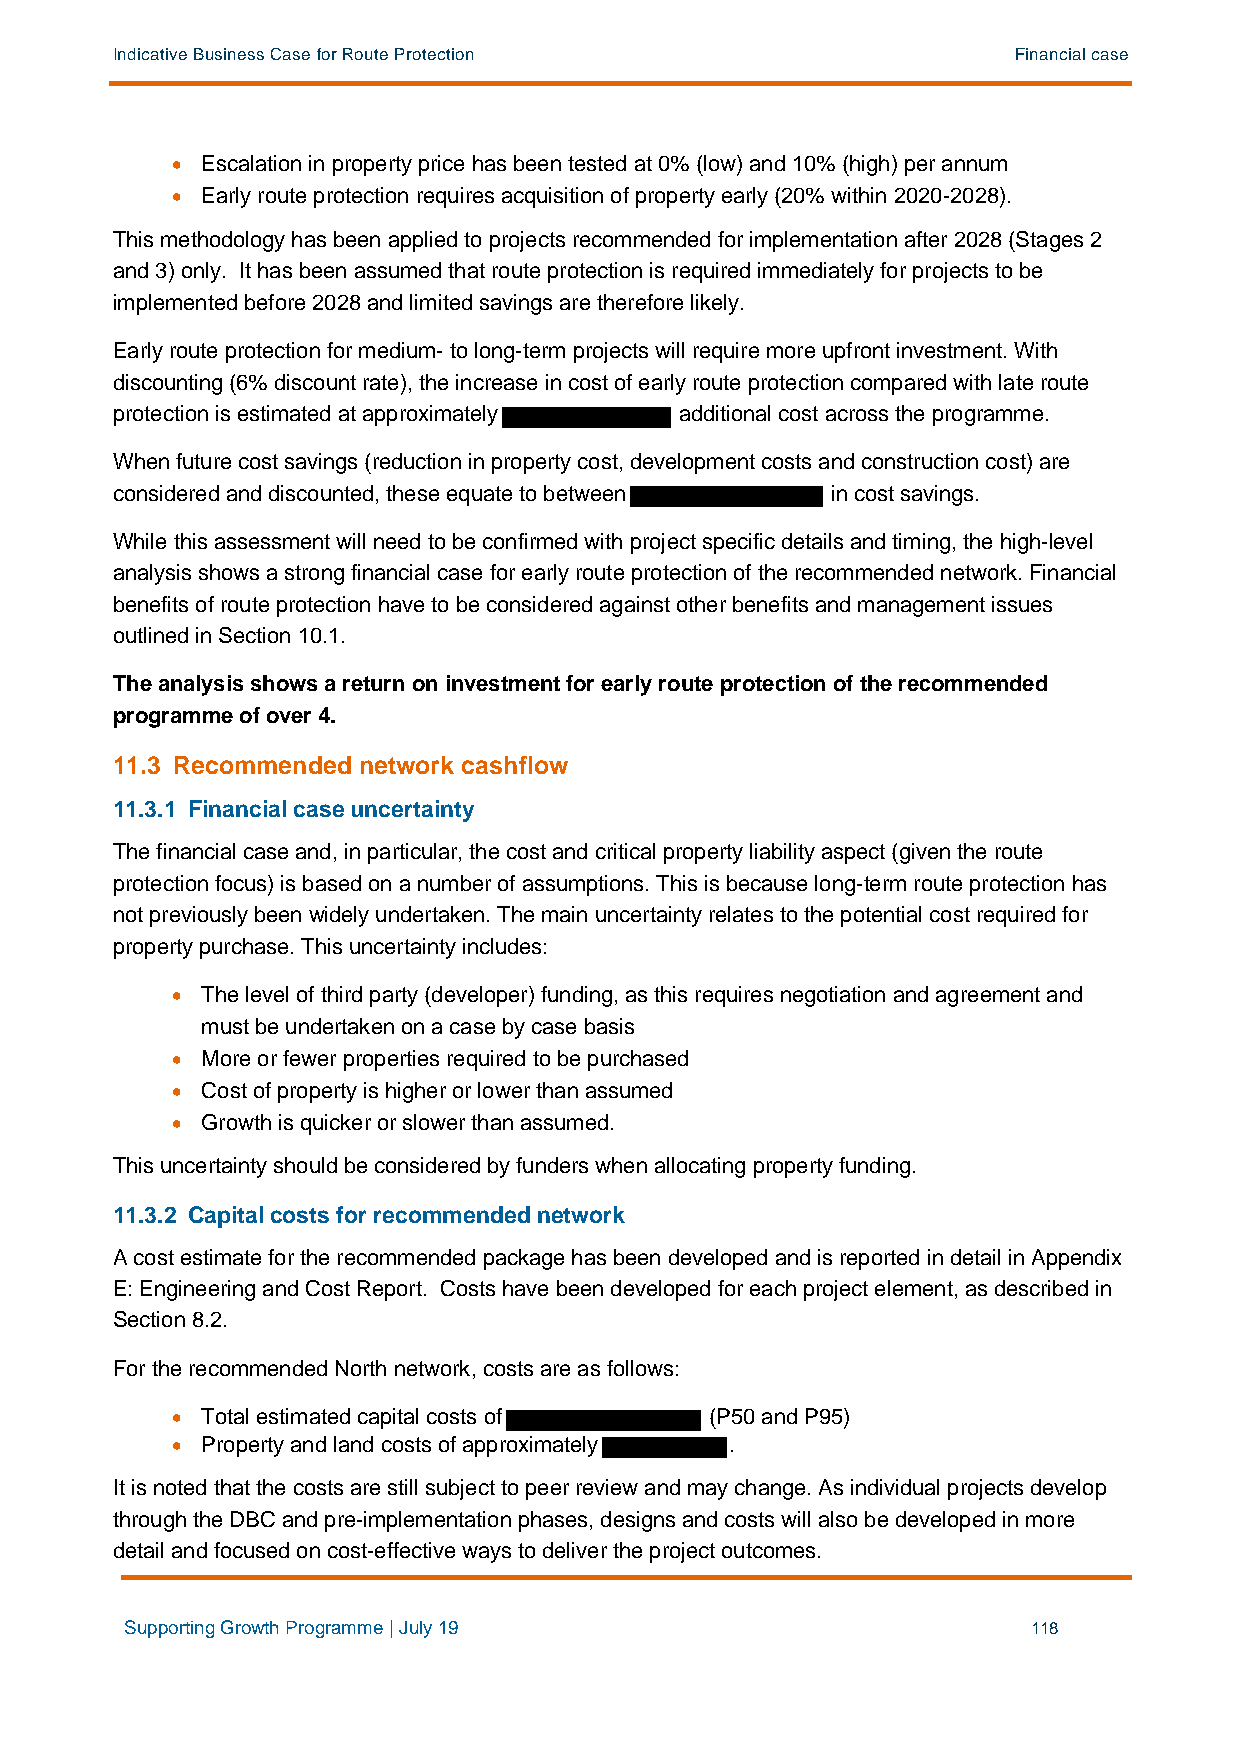
Indicative Business Case for Route Protection               Financial case
 • Escalation in property price has been tested at 0% (low) and 10% (high) per annum
 • Early route protection requires acquisition of property early (20% within 2020-2028).
 This methodology has been applied to projects recommended for implementation after 2028 (Stages 2
 and 3) only. It has been assumed that route protection is required immediately for projects to be
 implemented before 2028 and limited savings are therefore likely.
 Early route protection for medium- to long-term projects will require more upfront investment. With
 discounting (6% discount rate), the increase in cost of early route protection compared with late route
 protection is estimated at approximately additional cost across the programme.
 When future cost savings (reduction in property cost, development costs and construction cost) are
 considered and discounted, these equate to between in cost savings.
 While this assessment will need to be confirmed with project specific details and timing, the high-level
 analysis shows a strong financial case for early route protection of the recommended network. Financial
 benefits of route protection have to be considered against other benefits and management issues
 outlined in Section 10.1.
 The analysis shows a return on investment for early route protection of the recommended
 programme of over 4.
 11.3 Recommended network cashflow
 11.3.1 Financial case uncertainty
 The financial case and, in particular, the cost and critical property liability aspect (given the route
 protection focus) is based on a number of assumptions. This is because long-term route protection has
 not previously been widely undertaken. The main uncertainty relates to the potential cost required for
 property purchase. This uncertainty includes:
 • The level of third party (developer) funding, as this requires negotiation and agreement and
 must be undertaken on a case by case basis
 • More or fewer properties required to be purchased
 • Cost of property is higher or lower than assumed
 • Growth is quicker or slower than assumed.
 This uncertainty should be considered by funders when allocating property funding.
 11.3.2 Capital costs for recommended network
 A cost estimate for the recommended package has been developed and is reported in detail in Appendix
 E: Engineering and Cost Report. Costs have been developed for each project element, as described in
 Section 8.2.
 For the recommended North network, costs are as follows:
 • Total estimated capital costs of  (P50 and P95)
 • Property and land costs of approximately .
 It is noted that the costs are still subject to peer review and may change. As individual projects develop
 through the DBC and pre-implementation phases, designs and costs will also be developed in more
 detail and focused on cost-effective ways to deliver the project outcomes.
 Supporting Growth Programme | July 19                       118